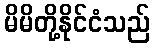
မိမိတို့နိုင်ငံသည်